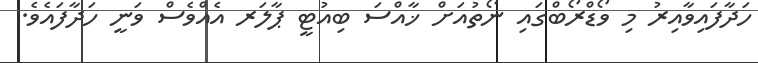
ހަދާފައިވާއިރު މި ވޯޑްރޯބްގައި ނޯތުއަށް ޚާއްސަ ބިއުޓީ ޕާލަރ އެއްވެސް ވަނީ ހަދާފައެވެ.